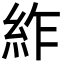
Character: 䋏